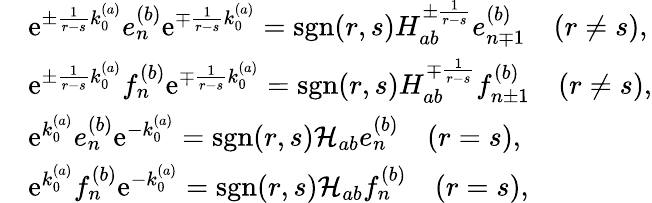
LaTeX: \begin{array}{rl}&{\mathrm{e}^{\pm\frac{1}{r-s}k_{0}^{(a)}}e_{n}^{(b)}\mathrm{e}^{\mp\frac{1}{r-s}k_{0}^{(a)}}=\mathrm{sgn}(r,s){H}_{ab}^{\pm\frac{1}{r-s}}e_{n\mp 1}^{(b)}\quad(r\neq s),}\\ &{\mathrm{e}^{\pm\frac{1}{r-s}k_{0}^{(a)}}f_{n}^{(b)}\mathrm{e}^{\mp\frac{1}{r-s}k_{0}^{(a)}}=\mathrm{sgn}(r,s){H}_{ab}^{\mp\frac{1}{r-s}}f_{n\pm 1}^{(b)}\quad(r\neq s),}\\ &{\mathrm{e}^{k_{0}^{(a)}}e_{n}^{(b)}\mathrm{e}^{-k_{0}^{(a)}}=\mathrm{sgn}(r,s)\mathcal{H}_{ab}e_{n}^{(b)}\quad(r=s),}\\ &{\mathrm{e}^{k_{0}^{(a)}}f_{n}^{(b)}\mathrm{e}^{-k_{0}^{(a)}}=\mathrm{sgn}(r,s)\mathcal{H}_{ab}f_{n}^{(b)}\quad(r=s),}\end{array}